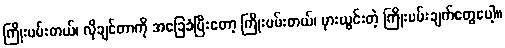
ကြိုးပမ်းတယ်၊ လိုချင်တာကို အခြေခံပြီးတော့ ကြိုးပမ်းတယ်၊ မှားယွင်းတဲ့ ကြိုးပမ်းချက်တွေပေါ့။